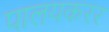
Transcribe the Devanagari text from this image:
पालयकरर